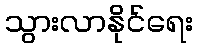
သွားလာနိုင်ရေး